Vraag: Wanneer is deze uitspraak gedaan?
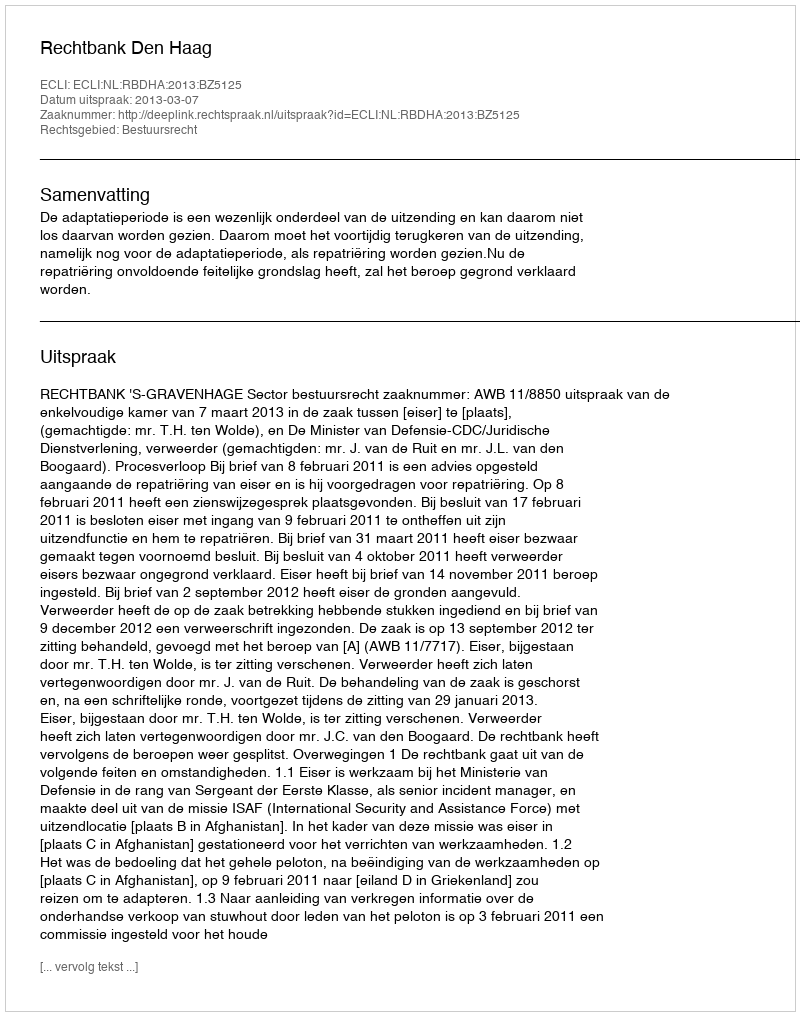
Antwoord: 2013-03-07